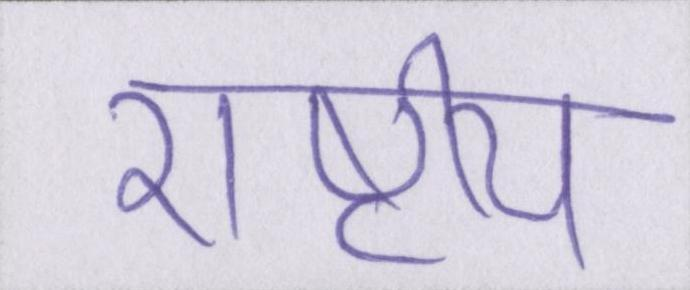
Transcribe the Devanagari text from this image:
राष्टीय